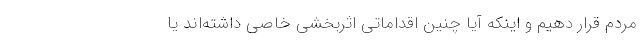
مردم قرار دهیم و اینکه آیا چنین اقداماتی اثربخشی خاصی داشته‌اند یا